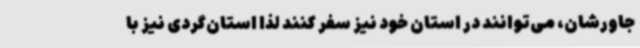
جاورشان، می‌توانند در استان‌ خود نیز سفر کنند لذا استان‌گردی نیز با